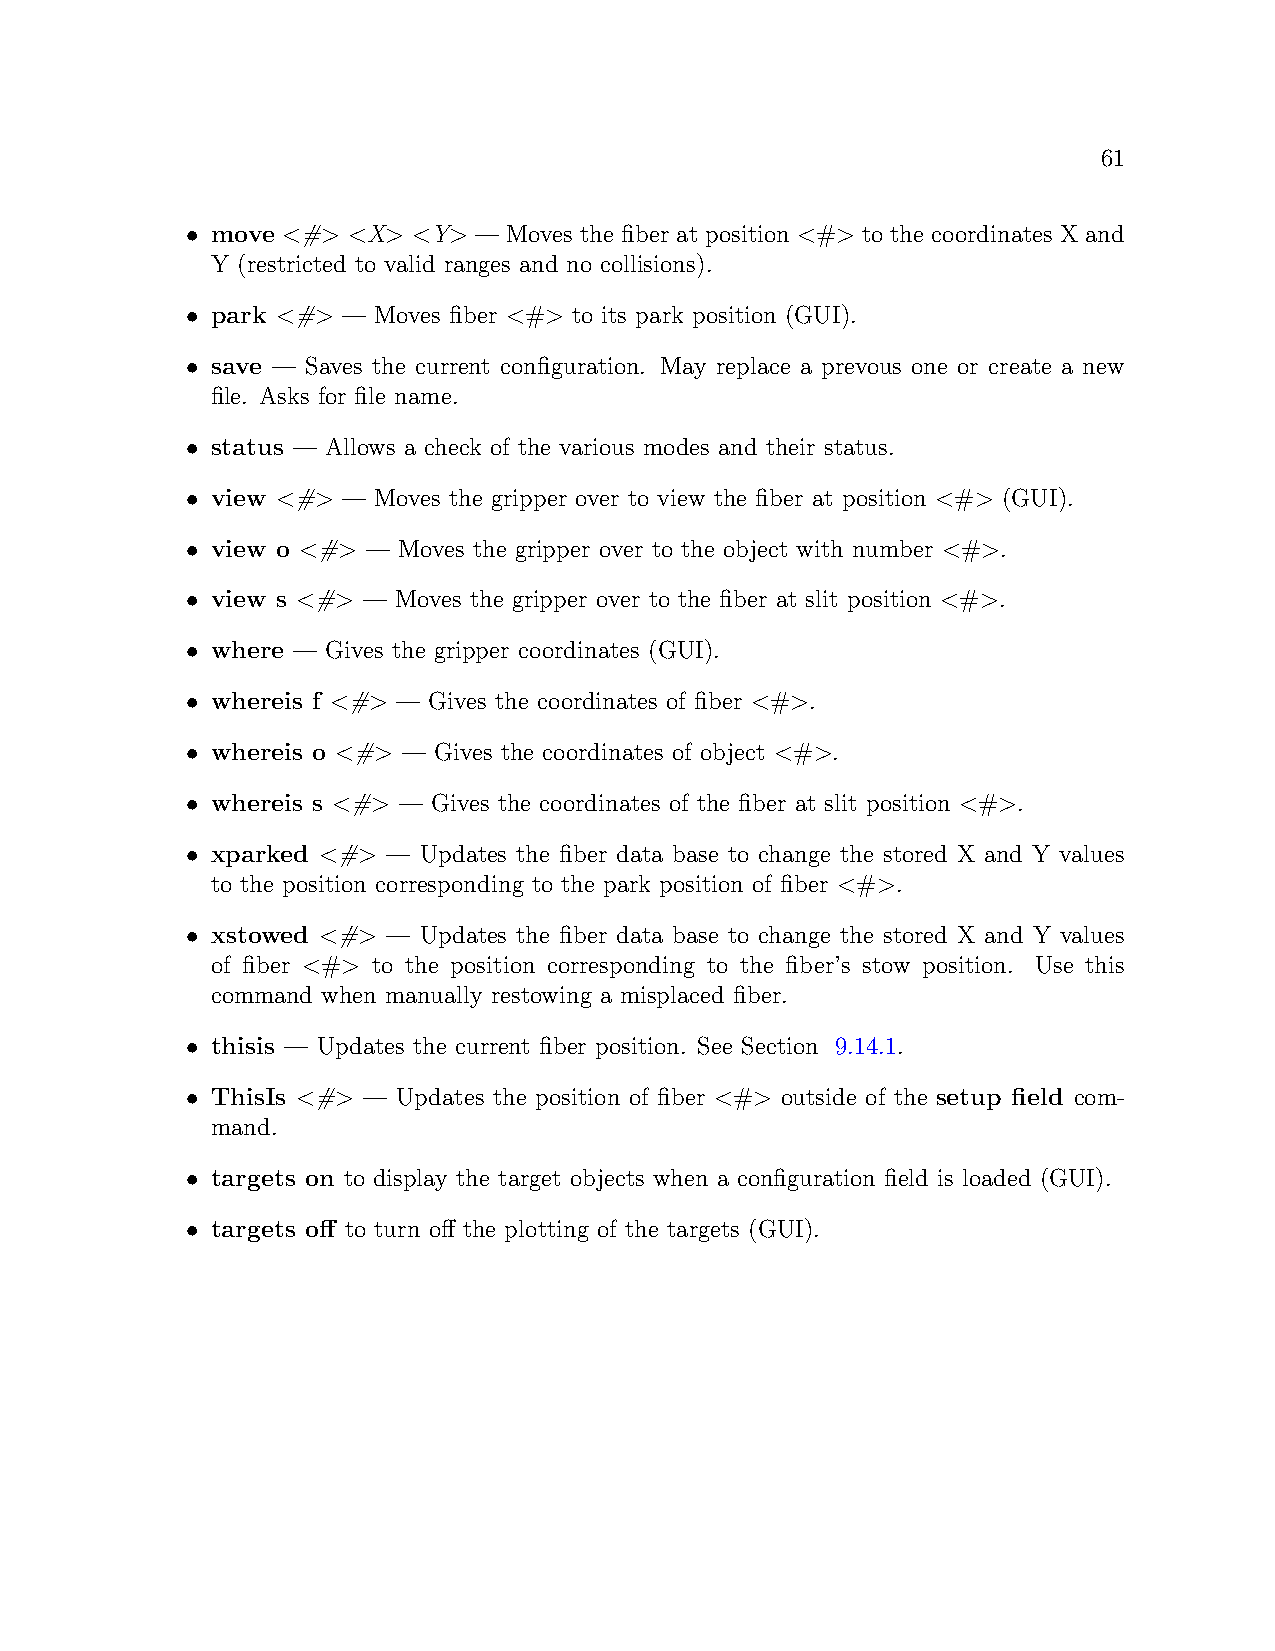
61
 • move <#> <X> <Y> —  Moves the fiber at position <#> to the coordinates X and
 Y (restricted to valid ranges and no collisions).
 • park <#> — Moves fiber <#> to its park position (GUI).
 • save — Saves the current configuration. May replace a prevous one or create a new
 file. Asks for file name.
 • status — Allows a check of the various modes and their status.
 • view <#> — Moves the gripper over to view the fiber at position <#> (GUI).
 • view o <#> — Moves the gripper over to the object with number <#>.
 • view s <#> — Moves the gripper over to the fiber at slit position <#>.
 • where — Gives the gripper coordinates (GUI).
 • whereis f <#> — Gives the coordinates of fiber <#>.
 • whereis o <#> — Gives the coordinates of object <#>.
 • whereis s <#> — Gives the coordinates of the fiber at slit position <#>.
 • xparked <#> — Updates the fiber data base to change the stored X and Y values
 to the position corresponding to the park position of fiber <#>.
 • xstowed <#> — Updates the fiber data base to change the stored X and Y values
 of fiber <#> to the position corresponding to the fiber’s stow position. Use this
 command when manually restowing a misplaced fiber.
 • thisis — Updates the current fiber position. See Section 9.14.1.
 • ThisIs <#> — Updates the position of fiber <#> outside of the setup field com-
 mand.
 • targets on to display the target objects when a configuration field is loaded (GUI).
 • targets off to turn off the plotting of the targets (GUI).